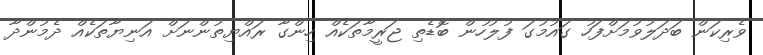
ވެރިކަން ބަދަލުވުމަށްފަހު ގައުމުގަ ފުލުހުން ބޮޑެތި ޖަރީމާތަކެއް ހިންގާ ރައްޔިތުންނަށް އަނިޔާތަކެއް ދެމުންދާ